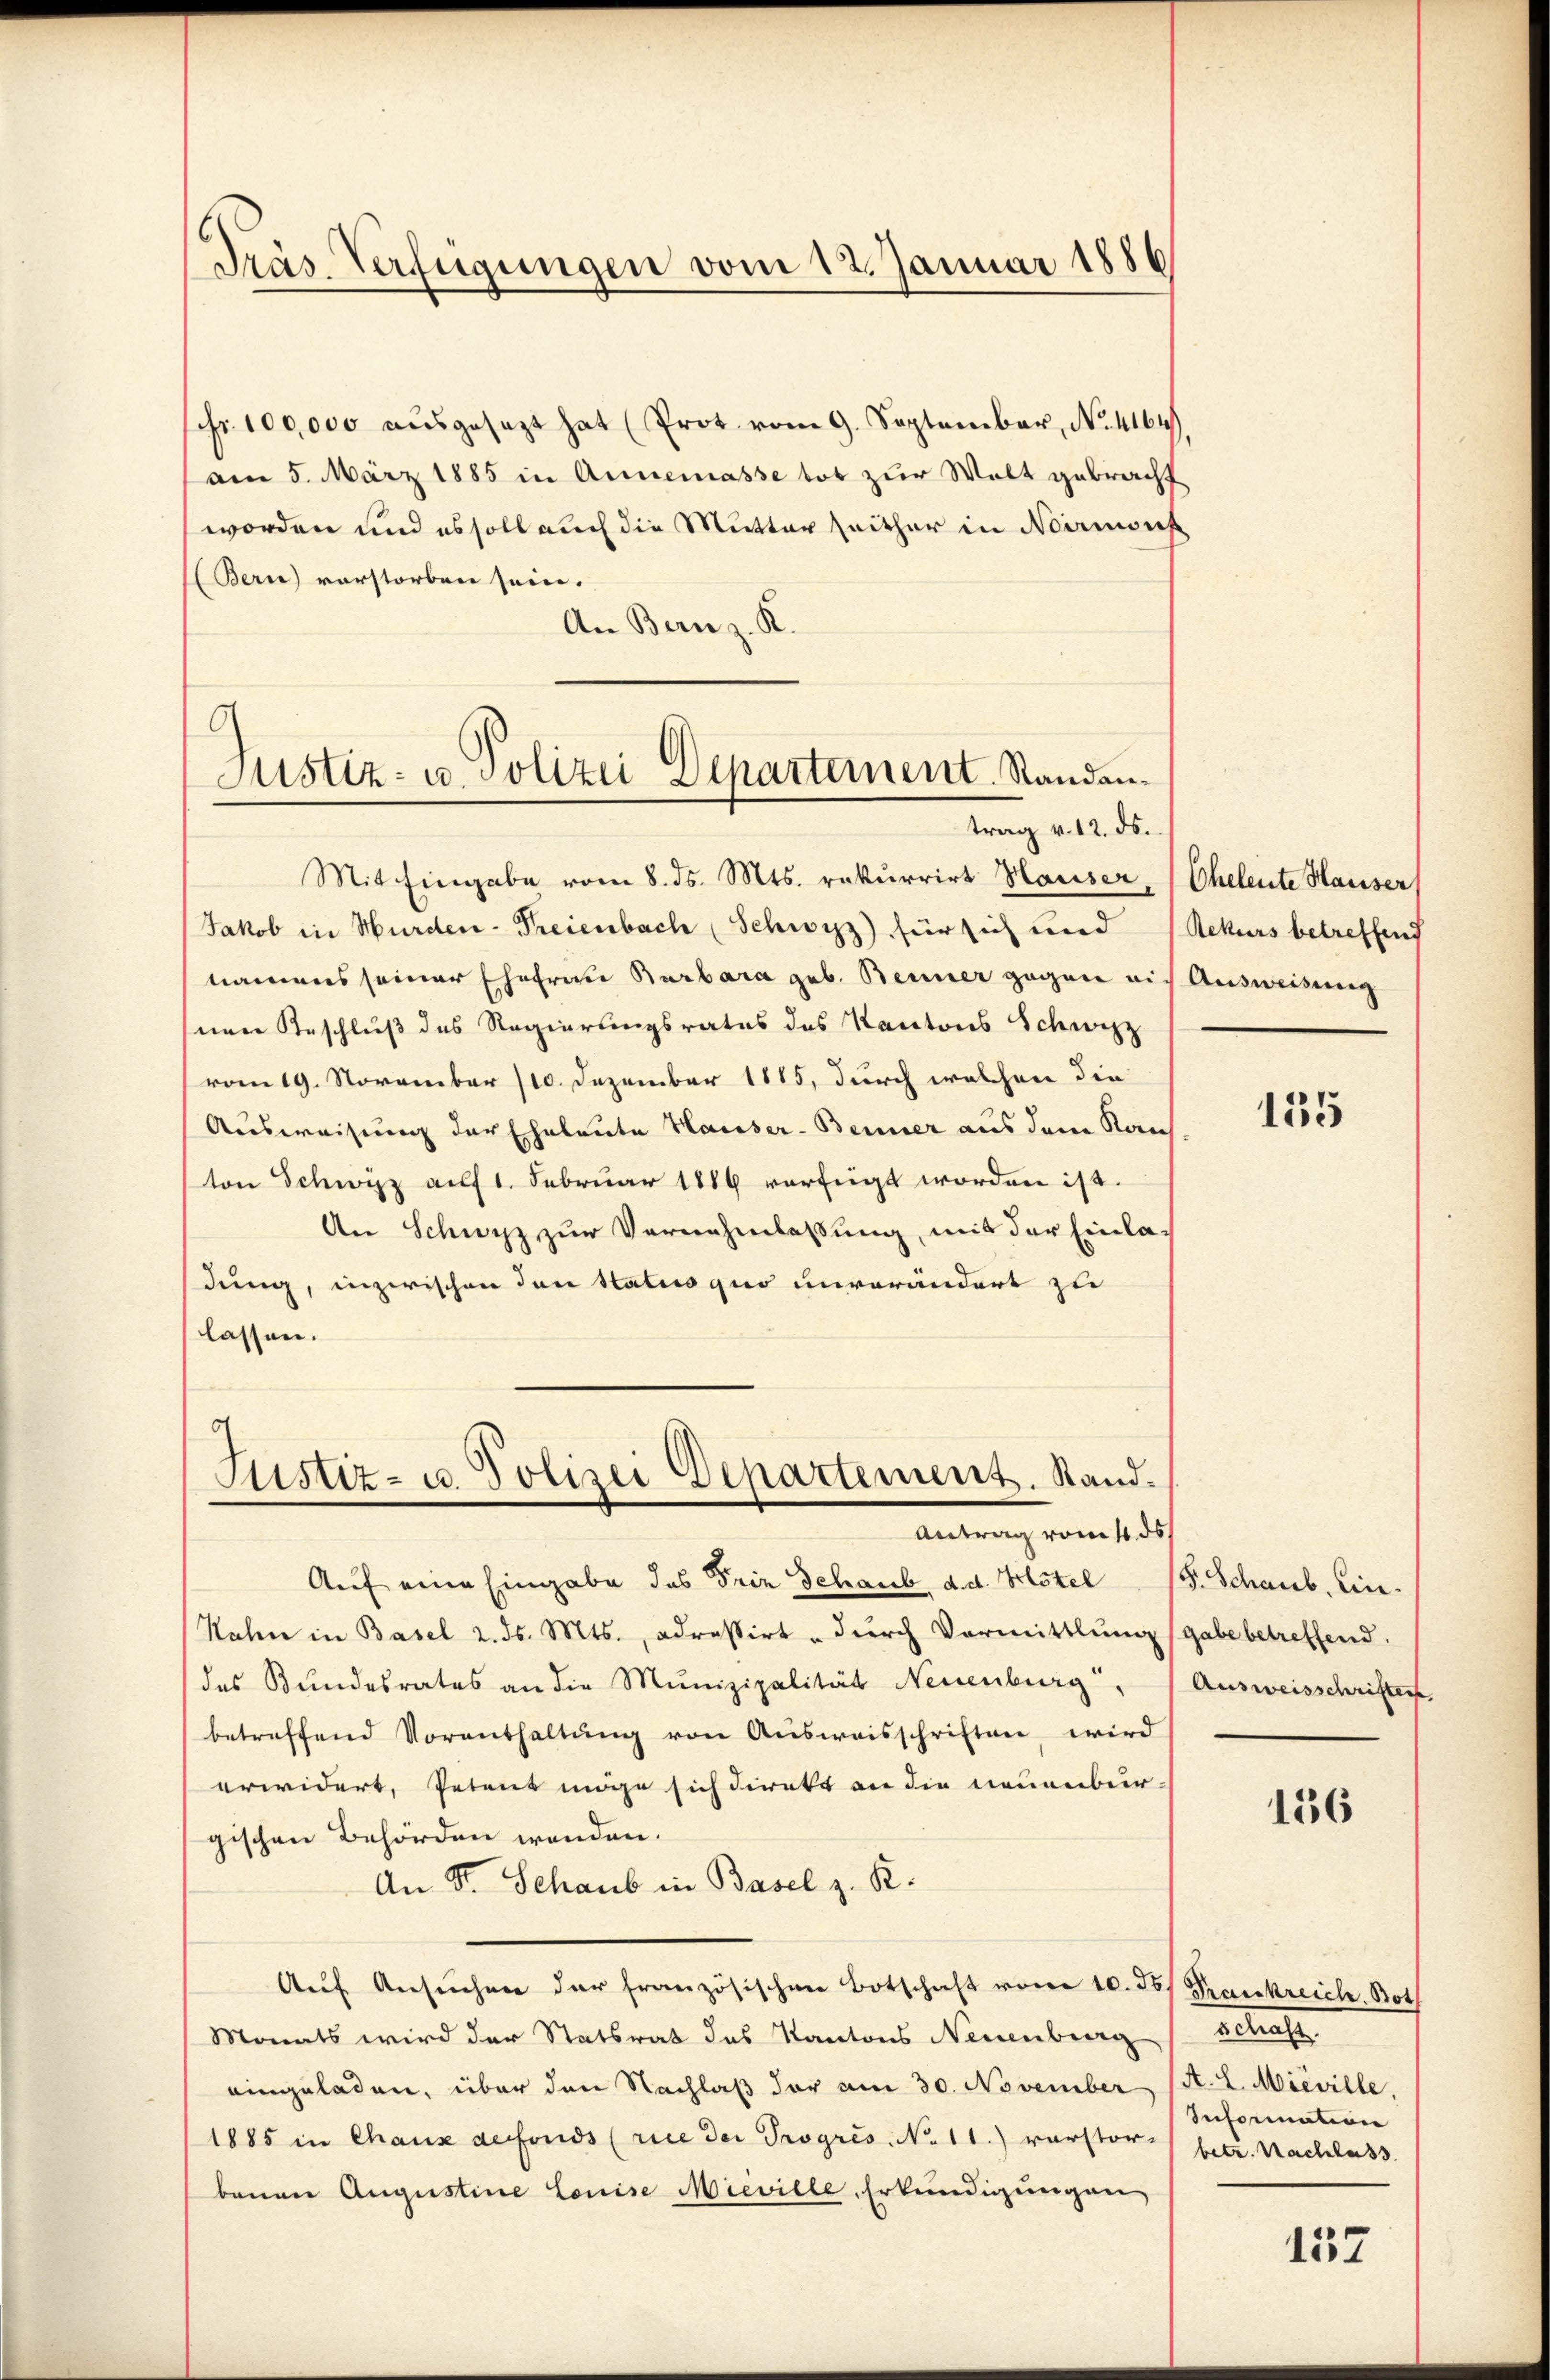
Präs. Verfügungen vom 12. Januar 1886

schr. 100,000 aŭsgesezt hat (Prot vom 9. September, No. 4164.
am 5. März 1885 in Annemasse tot zur Welt gebracht
worden und es soll auch die Mutter seither in Neamonf
Bern) vorstorben sein.
An Bern z. K.

Justiz- u Polizei Departement. Standantrag v. 12. ds.

Mit Eingabe vom 8. ds. Mts. rekurrirt Hauser, (Eheleute Hauser
Jakob in Wurden-Freienbach (Schwyz) für sich und
namens seiner Ehefrau Barbara geb. Beiner gegen mit Ausweisung
sene Beschluß des Regierungsrates des Kantons Schwyz
(vom 19. November 110. Dezember 1815, durch welchen die
Ausweisung der Eheleute Hausser- Benner aus dem Kan
ton Schwyz auf 1. Februar 1886 verfügt worden ist.
An Schwyz zur Vernehmlassung, mit der Einladung, inzwischen den Status quo unverändert zu
lassen.

Justiz- u. Polizei Departement. Stand.
Antrag vom 1. ds

Auf eine Eingabe des Frie Schaub d. d. Gestel (S. Schaub. Ein¬
Nahn in Basel 2. ds. Mts., adressirt, durch Vormittlung gabe betreffend.
des Bundesrates an die Munizipalität Neuenburg, Ausweisschriften,
betreffend Vorenthaltŭng von Aŭsweisschriften wird
erwidert, Petent möge sich direkt an die neuenbur-
gischen Behörden wenden.
An S. Schaub in Basel z. B.
Auf Ansuchen der französischen Botschaft vom 10. Jb. Krankreich, Bot
Monats wird der Statsrat des Kantons Neuenburg,
eingeladen, über den Nachlaβ der am 30. November (A. L. Mieville,
1885 in Chaux defonds (rice der Progres No 11.) verstor betr. Nachlass
benen Augustine Louise Mieville-Erkundigungen

Rekurs betreffend

135

156

gelhaf
Information

157